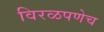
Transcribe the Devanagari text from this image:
विरळपणेच